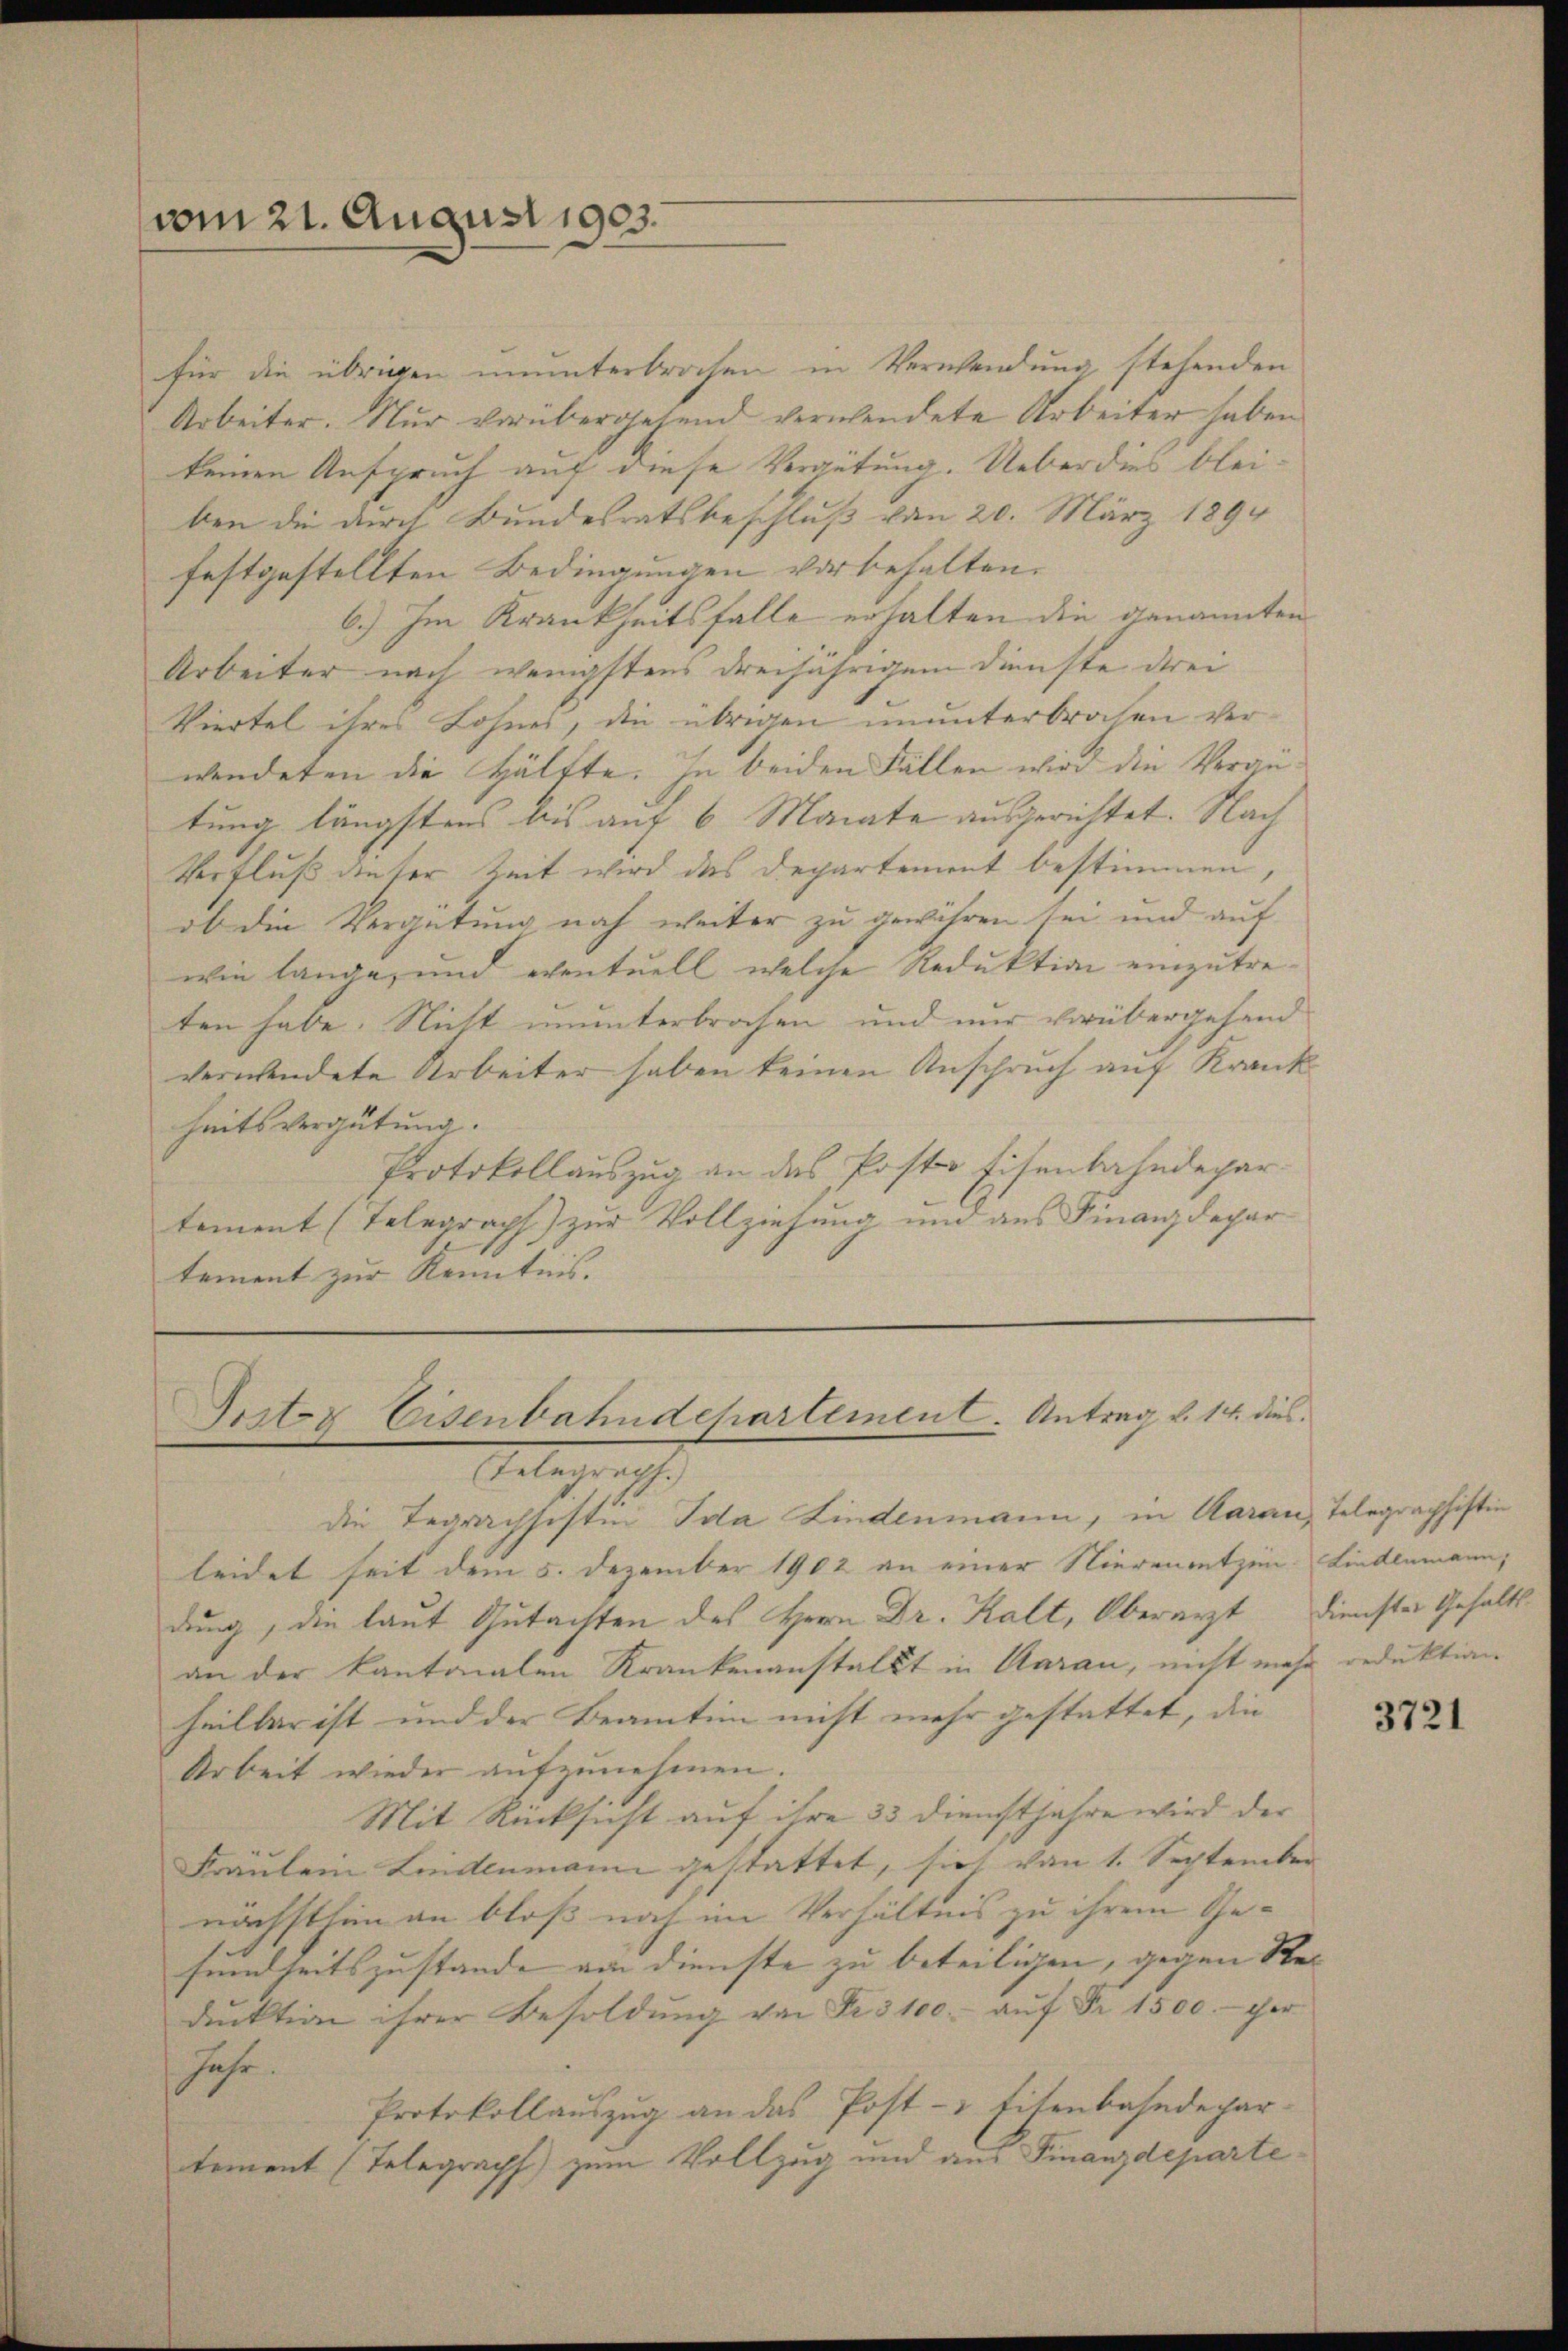
vom 21. August 1903.

für die übrigen ununterbrochen in Verwendung stehenden
Arbeiter. Nur vorübergehend verwendete Arbeiter haben
keinen Anspruch auf diese Vergütung. Ueber dies bleiben die durch Bundesratsbeschluß von 20. März 1894
festgestellten Bedingungen vorbehalten.
6.) Im Krankheitsfalle erhalten die genannten
Arbeiter nach wenigstens dreijährigem Dienste drei
Viertel ihres Lohnes, die übrigen ununterbrochen verwendeten die Hälfte. In beiden Fällen wird die Verantung längstens bis auf 6 Monate ausgerichtet. Nach
Verfluß unter Zeit wird des Departement bestimmen,
ob die Vergütung noch weiter zu gewähren sei und auf
wie lange, und eventuell, welche Reduktion einzutreten habe. Nicht ununterbrochen und nur vorübergehend
verwendete Arbeiter haben keinen Anspruch auf Krank
heitsvergütung.
Protokollauszug an das Poster Eisenbahndepar-
tement (Telegraph) zur Vollziehung und aus Finanzdepar
tement zur Kenntnis.

Pritz Eisenbahndepartement. Antrag v. 14. dies

Telegerich
die Tagwachsistin Ida Lindenmann, in Aarau, Telegraphistin
leidet seit dem 5. Dezember 1902 an einer Nierensetzen. Linklamann,
dung, die laut Gutachten des Herr Dr. Kalt, Oberarzt Dienster Gehaltsan der kantonalen Krankenanstallt in Aarau, nicht mehr reduktion
heilter ist und der Beamten nicht mehr gestattet, die |
Arbeit wieder aufzunehmen.
Mit Rücksicht auf ihre 33 dienstjahre wird der
Fräulein Lindenmann gestattet, sich von 1. September
nächsthin an bloß noch im Verhältnis zu ihrem Gesundheitszustande am Dienste zu beteiligen, gegen Stei
dŭktion ihrer Besoldŭng von Fr. 3100.- aŭf Fr. 1500.- ger
Jahr.
Protokollauszug an das Post- & Eitenbahndepar-
tement (Telegraph) zum Vollzug und aus Finanzdeparte¬

3721